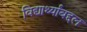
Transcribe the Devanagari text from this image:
विद्यार्थ्यांबद्दल